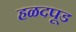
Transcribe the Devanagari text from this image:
हळदपूड